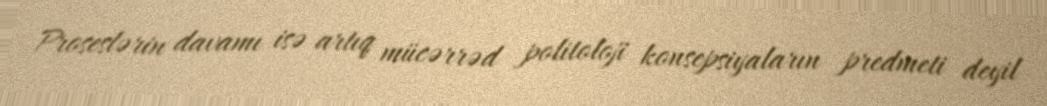
Proseslərin davamı isə artıq mücərrəd politoloji konsepsiyaların predmeti deyil